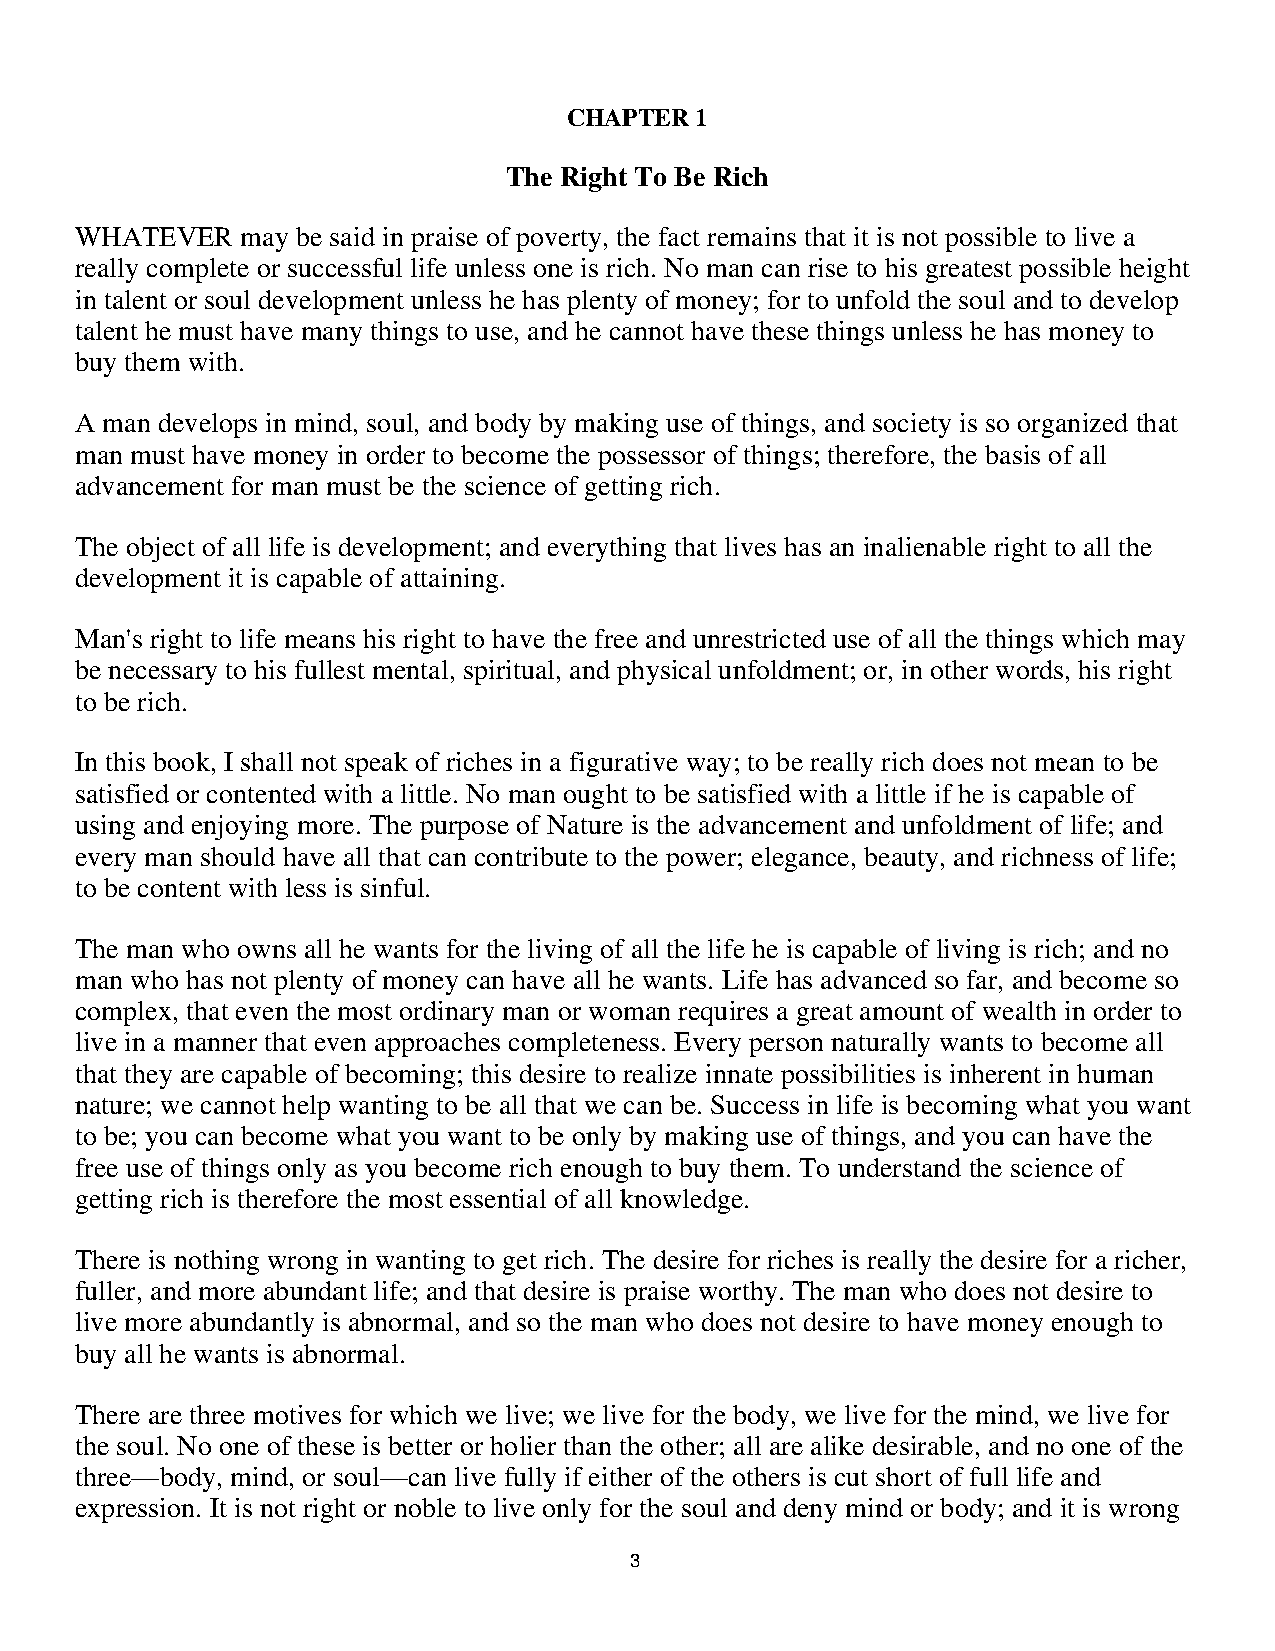
CHAPTER 1
 The Right To Be Rich
 WHATEVER   may be said in praise of poverty, the fact remains that it is not possible to live a
 really complete or successful life unless one is rich. No man can rise to his greatest possible height
 in talent or soul development unless he has plenty of money; for to unfold the soul and to develop
 talent he must have many things to use, and he cannot have these things unless he has money to
 buy them with.
 A man develops in mind, soul, and body by making use of things, and society is so organized that
 man must have money in order to become the possessor of things; therefore, the basis of all
 advancement for man must be the science of getting rich.
 The object of all life is development; and everything that lives has an inalienable right to all the
 development it is capable of attaining.
 Man's right to life means his right to have the free and unrestricted use of all the things which may
 be necessary to his fullest mental, spiritual, and physical unfoldment; or, in other words, his right
 to be rich.
 In this book, I shall not speak of riches in a figurative way; to be really rich does not mean to be
 satisfied or contented with a little. No man ought to be satisfied with a little if he is capable of
 using and enjoying more. The purpose of Nature is the advancement and unfoldment of life; and
 every man should have all that can contribute to the power; elegance, beauty, and richness of life;
 to be content with less is sinful.
 The man who owns all he wants for the living of all the life he is capable of living is rich; and no
 man who has not plenty of money can have all he wants. Life has advanced so far, and become so
 complex, that even the most ordinary man or woman requires a great amount of wealth in order to
 live in a manner that even approaches completeness. Every person naturally wants to become all
 that they are capable of becoming; this desire to realize innate possibilities is inherent in human
 nature; we cannot help wanting to be all that we can be. Success in life is becoming what you want
 to be; you can become what you want to be only by making use of things, and you can have the
 free use of things only as you become rich enough to buy them. To understand the science of
 getting rich is therefore the most essential of all knowledge.
 There is nothing wrong in wanting to get rich. The desire for riches is really the desire for a richer,
 fuller, and more abundant life; and that desire is praise worthy. The man who does not desire to
 live more abundantly is abnormal, and so the man who does not desire to have money enough to
 buy all he wants is abnormal.
 There are three motives for which we live; we live for the body, we live for the mind, we live for
 the soul. No one of these is better or holier than the other; all are alike desirable, and no one of the
 three—body, mind, or soul—can live fully if either of the others is cut short of full life and
 expression. It is not right or noble to live only for the soul and deny mind or body; and it is wrong
 33